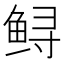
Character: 鲟